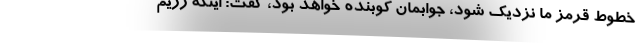
خطوط قرمز ما نزدیک شود، جوابمان کوبنده خواهد بود، گفت: اینکه رژیم